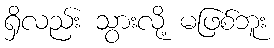
ရှိလည်း သွားလို့ မဖြစ်ဘူး